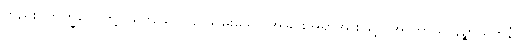
တည်း။ ဘိက္ခဝေ၊ တို့။ သဗ္ဗသော၊ ခပ်သိမ်းသော အခြင်းအရာအားဖြင့်။ အာကာသာနဉ္စာယတနံ၊